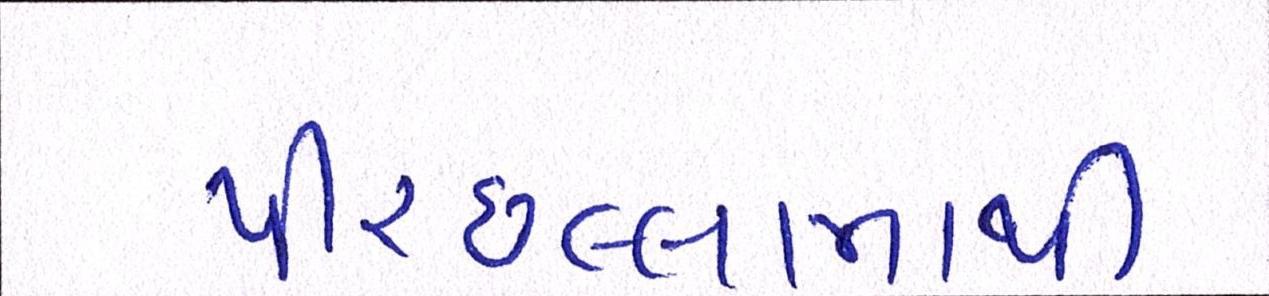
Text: પીરછલ્લામાંથી